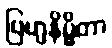
ဗြဟ္မနိမ္မိတာ